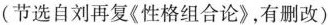
(节选自刘再复《性格组合论》有删改)